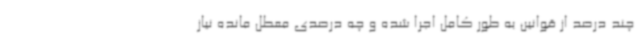
چند درصد از قوانین به طور کامل اجرا شده و چه درصدی معطل مانده نیاز